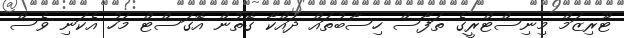
ޓޫރިޒަމް މިނިސްޓްރީގެ ތަފާސް ހިސާބުތައް ދައްކާ ގޮތުން އޮގަސްޓް މަހު އެކަނި ވެސް